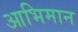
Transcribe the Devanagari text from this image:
आभिमान